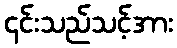
၎င်းသည်သင့်အား